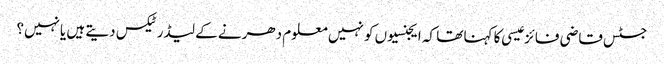
جسٹس قاضی فائز عیسی کا کہنا تھا کہ ایجنسیوں کو نہیں معلوم دھرنے کے لیڈرٹیکس دیتے ہیں یانہیں؟